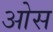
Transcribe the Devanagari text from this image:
आेस